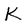
Character: K